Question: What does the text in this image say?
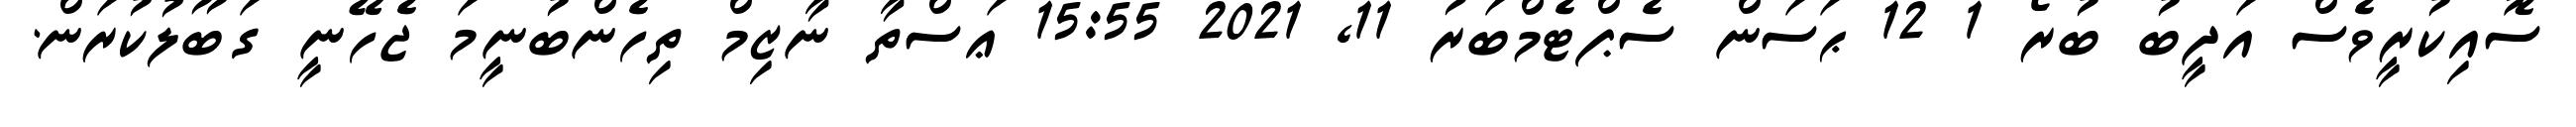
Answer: ސޮއިކުރީވެސް އަދީބު ބުރޯ 1 12 ޙަސަން ސެޕްޓެމްބަރު 11, 2021 15:55 ޢަސްތާ ނާޒިމް ތިހެންބުނީމަ ޖެހޭނީ ގަބޫލުކުރަން.